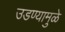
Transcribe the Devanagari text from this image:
उडण्यामुळे